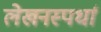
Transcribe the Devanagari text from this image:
लेखनस्पर्धा